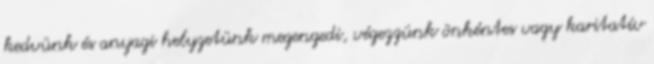
kedvünk és anyagi helyzetünk megengedi, végezzünk önkéntes vagy karitatív